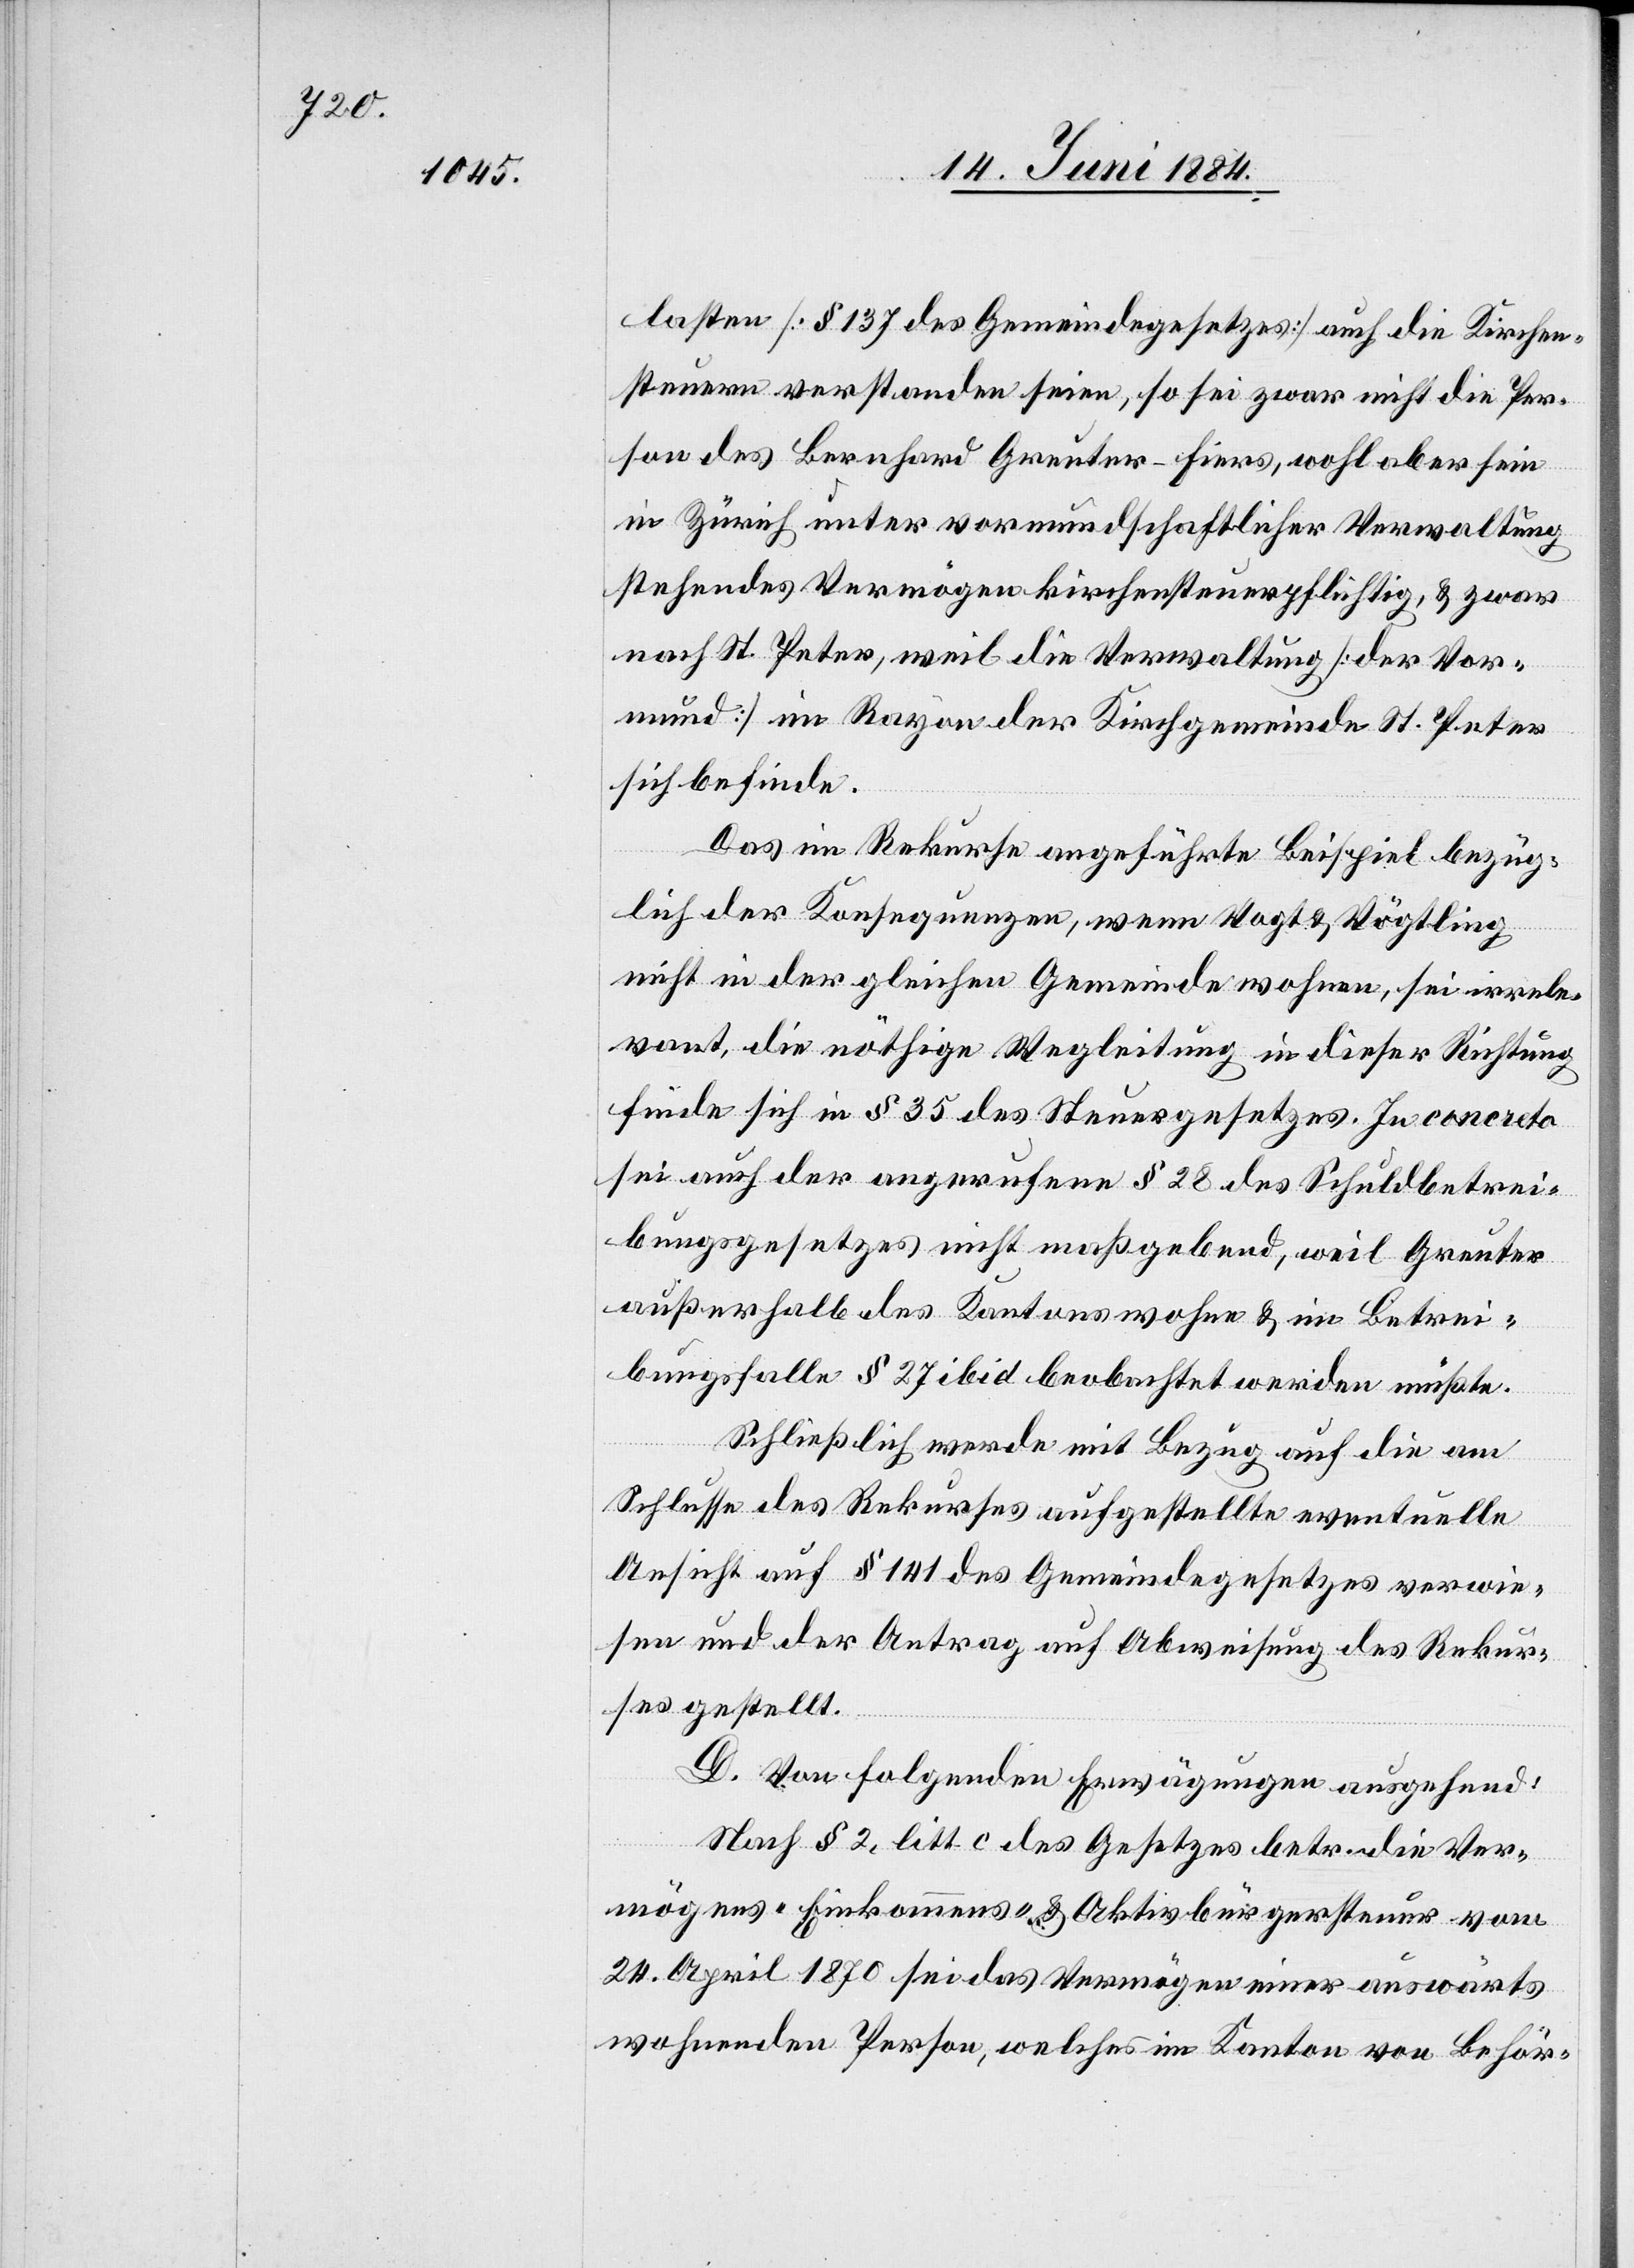
lasten [§ 137 des Gemeindegesetzes] auch die Kirchen¬
steuern verstanden seien, so sei zwar nicht die Per¬
son des Bernhard Greuter-Fiers, wohl aber sein
in Zürich unter vormundschaftlicher Verwaltung
stehendes Vermögen kirchensteuerpflichtig, & zwar
nach St. Peter, weil die Verwaltung [der Vor¬
mund] im Rayon der Kirchgemeinde St. Peter
sich befinde.
Das im Rekurse angeführte Beispiel bezüg¬
lich der Konsequenzen, wenn Vogt & Vögtling
nicht in der gleichen Gemeinde wohnen, sei irrele¬
vant, die nöthige Wegleitung in dieser Richtung
finde sich in § 35 des Steuergesetzes. In concreto
sei auch der angerufene § 28 des Schuldbetrei¬
bungsgesetzes nicht maßgebend, weil Greuter
außerhalb des Kantons wohne & im Betrei¬
bungsfalle § 27 ibid beobachtet werden müßte.
Schließlich werde mit Bezug auf die am
Schlusse des Rekurses aufgestellte eventuelle
Ansicht auf § 141 des Gemeindegesetzes verwie¬
sen und der Antrag auf Abweisung des Rekur¬
ses gestellt.
D. Von folgenden Erwägungen ausgehend:
Nach § 2, litt. c des Gesetzes betr. die Ver¬
mögens-[,] Einkommens- & Aktivbürgersteuer vom
24. April 1870 sei das Vermögen einer auswärts
wohnenden Person, welches im Kanton von Behör-